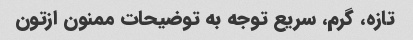
تازه، گرم، سریع توجه به توضیحات ممنون ازتون